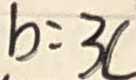
b = 3 c